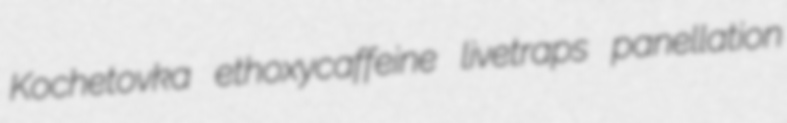
Kochetovka ethoxycaffeine livetraps panellation